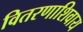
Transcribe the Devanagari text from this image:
वितरणाशिवाय